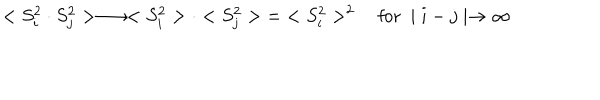
< S _ { i } ^ { 2 } \cdot S _ { j } ^ { 2 } > \longrightarrow < S _ { i } ^ { 2 } > \cdot < S _ { j } ^ { 2 } > \; = \; < S _ { i } ^ { 2 } > ^ { 2 } \quad \mathrm { f o r ~ } \mid i - j \mid \rightarrow \infty